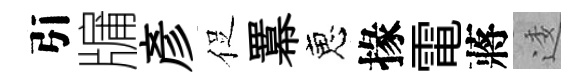
引牖彥促羃恵掾電蔣逶